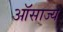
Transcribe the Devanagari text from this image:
ऑसाज्य